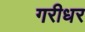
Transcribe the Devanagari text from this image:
गरीधर